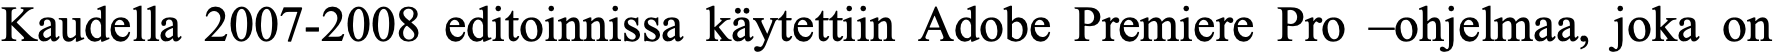
Kaudella 2007-2008 editoinnissa käytettiin Adobe Premiere Pro –ohjelmaa, joka on